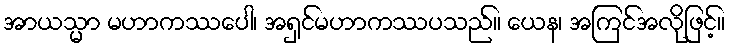
အာယသ္မာ မဟာကဿပေါ၊ အရှင်မဟာကဿပသည်။ ယေန၊ အကြင်အလိုဖြင့်။